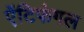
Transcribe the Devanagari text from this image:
ऐंटिफंगल